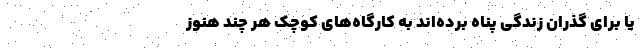
یا برای گذران زندگی پناه برده‌اند به کارگاه‌های کوچک هر چند هنوز